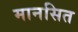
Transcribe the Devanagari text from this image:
मानसित